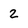
Character: 2